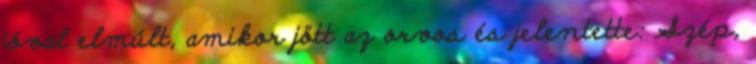
jóval elmúlt, amikor jött az orvos és jelentette: Szép,